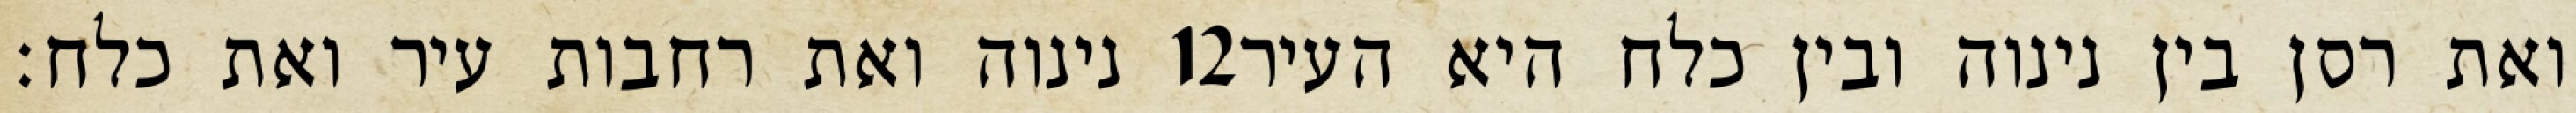
נינוה ואת רחבות עיר ואת כלח׃ ‎12‏ ואת רסן בין נינוה ובין כלח היא העיר